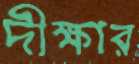
দীক্ষার